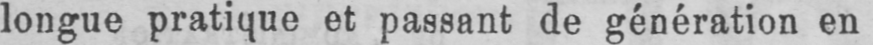
longue pratique et passant de génération en